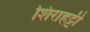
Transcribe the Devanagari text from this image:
शिराहट्टी